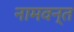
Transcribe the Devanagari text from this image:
नामवन्त